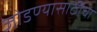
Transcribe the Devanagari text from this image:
जोडण्यासाठीचा